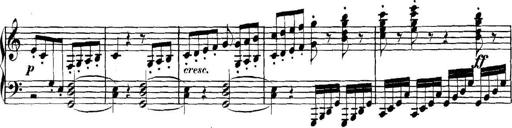
Title: Collected Piano Sonatas
Composer: Muzio Clementi